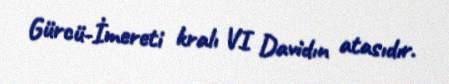
Gürcü-İmereti kralı VI Davidın atasıdır.